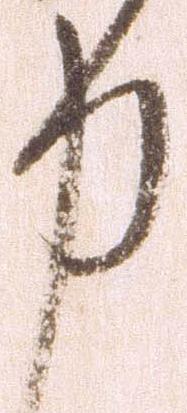
力